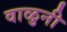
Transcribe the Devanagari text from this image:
वाळुनी